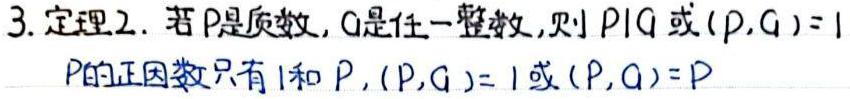
3. 定理2. 若$p$是质数，$q$是任一整数，则$p\mid q$或$(p,q)=1$

$p$的正因数只有$1$和$p$，$(p,q)=1$或$(p,q)=p$